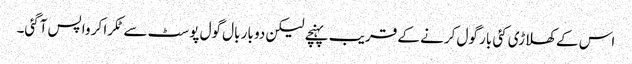
اس کے کھلاڑی کئی بار گول کرنے کے قریب پہنچے لیکن دو بار بال گول پوسٹ سے ٹکرا کر واپس آگئی۔